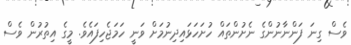
ވެސް ގިނަ ފަންނާނުންގެ ނެށުންތައް ހުށަހަޅައިދިނުމަށް ވަނީ ހަމަޖެހިފައެވެ. މީގެ އިތުރުން ވެސް